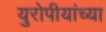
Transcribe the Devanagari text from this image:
युरोपीयांच्या